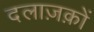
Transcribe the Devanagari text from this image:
दलाज़क़ों